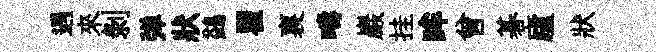
遇來剥弹狀鷁瞿裏疇巖挂眸曾碁廬狀